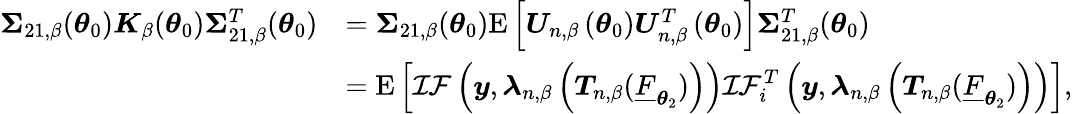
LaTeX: \begin{array}{rl}{\boldsymbol{\Sigma}_{21,\beta}(\boldsymbol{\theta}_{0})\boldsymbol{K}_{\beta}(\boldsymbol{\theta}_{0})\boldsymbol{\Sigma}_{21,\beta}^{T}(\boldsymbol{\theta}_{0})}&{=\boldsymbol{\Sigma}_{21,\beta}(\boldsymbol{\theta}_{0})\mathrm{E}\left[\boldsymbol{U}_{n,\beta}\left(\boldsymbol{\theta}_{0}\right)\boldsymbol{U}_{n,\beta}^{T}\left(\boldsymbol{\theta}_{0}\right)\right]\boldsymbol{\Sigma}_{21,\beta}^{T}(\boldsymbol{\theta}_{0})}\\ &{=\mathrm{E}\left[\mathcal{IF}\left(\boldsymbol{y},\boldsymbol{\lambda}_{n,\beta}\left(\boldsymbol{T}_{n,\beta}(\underline{{F}}_{\boldsymbol{\theta}_{2}})\right)\right)\mathcal{IF}_{i}^{T}\left(\boldsymbol{y},\boldsymbol{\lambda}_{n,\beta}\left(\boldsymbol{T}_{n,\beta}(\underline{{F}}_{\boldsymbol{\theta}_{2}})\right)\right)\right],}\end{array}